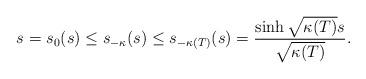
LaTeX: \begin{align*}s=s_0(s)\leq s_{-\kappa}(s)\leq s_{-\kappa(T)}(s)=\frac{\sinh \sqrt{\kappa(T)}s}{\sqrt{\kappa(T)}}. \end{align*}